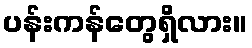
ပန်းကန်တွေရှိလား။